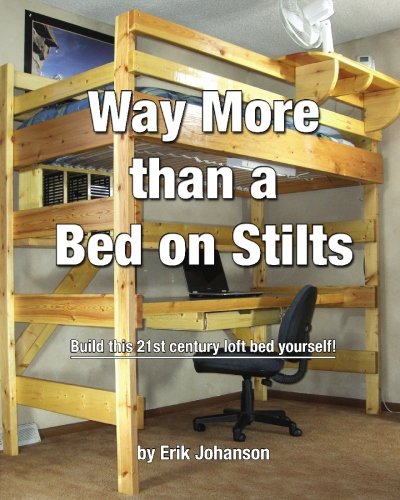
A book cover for Way More Than A Bed On Stilts: Build this 21st Century Loft Bed Yourself; Erik Johanson; Crafts, Hobbies & Home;